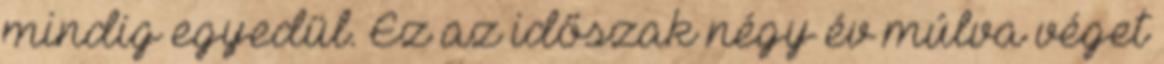
mindig egyedül. Ez az időszak négy év múlva véget